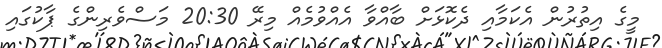
މީގެ އިތުުރުން އެކަމާއި ދެކޮޅަށް ބާއްވާ އެއްވުމެއް މިރޭ 20:30 މަސްވެރިންގެ ޕާކުގައި